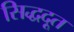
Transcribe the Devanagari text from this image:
सिद्धदूत